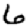
Digit: 6